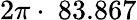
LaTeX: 2\pi\cdot~83.867